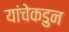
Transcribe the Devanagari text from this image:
यांचेकडुन